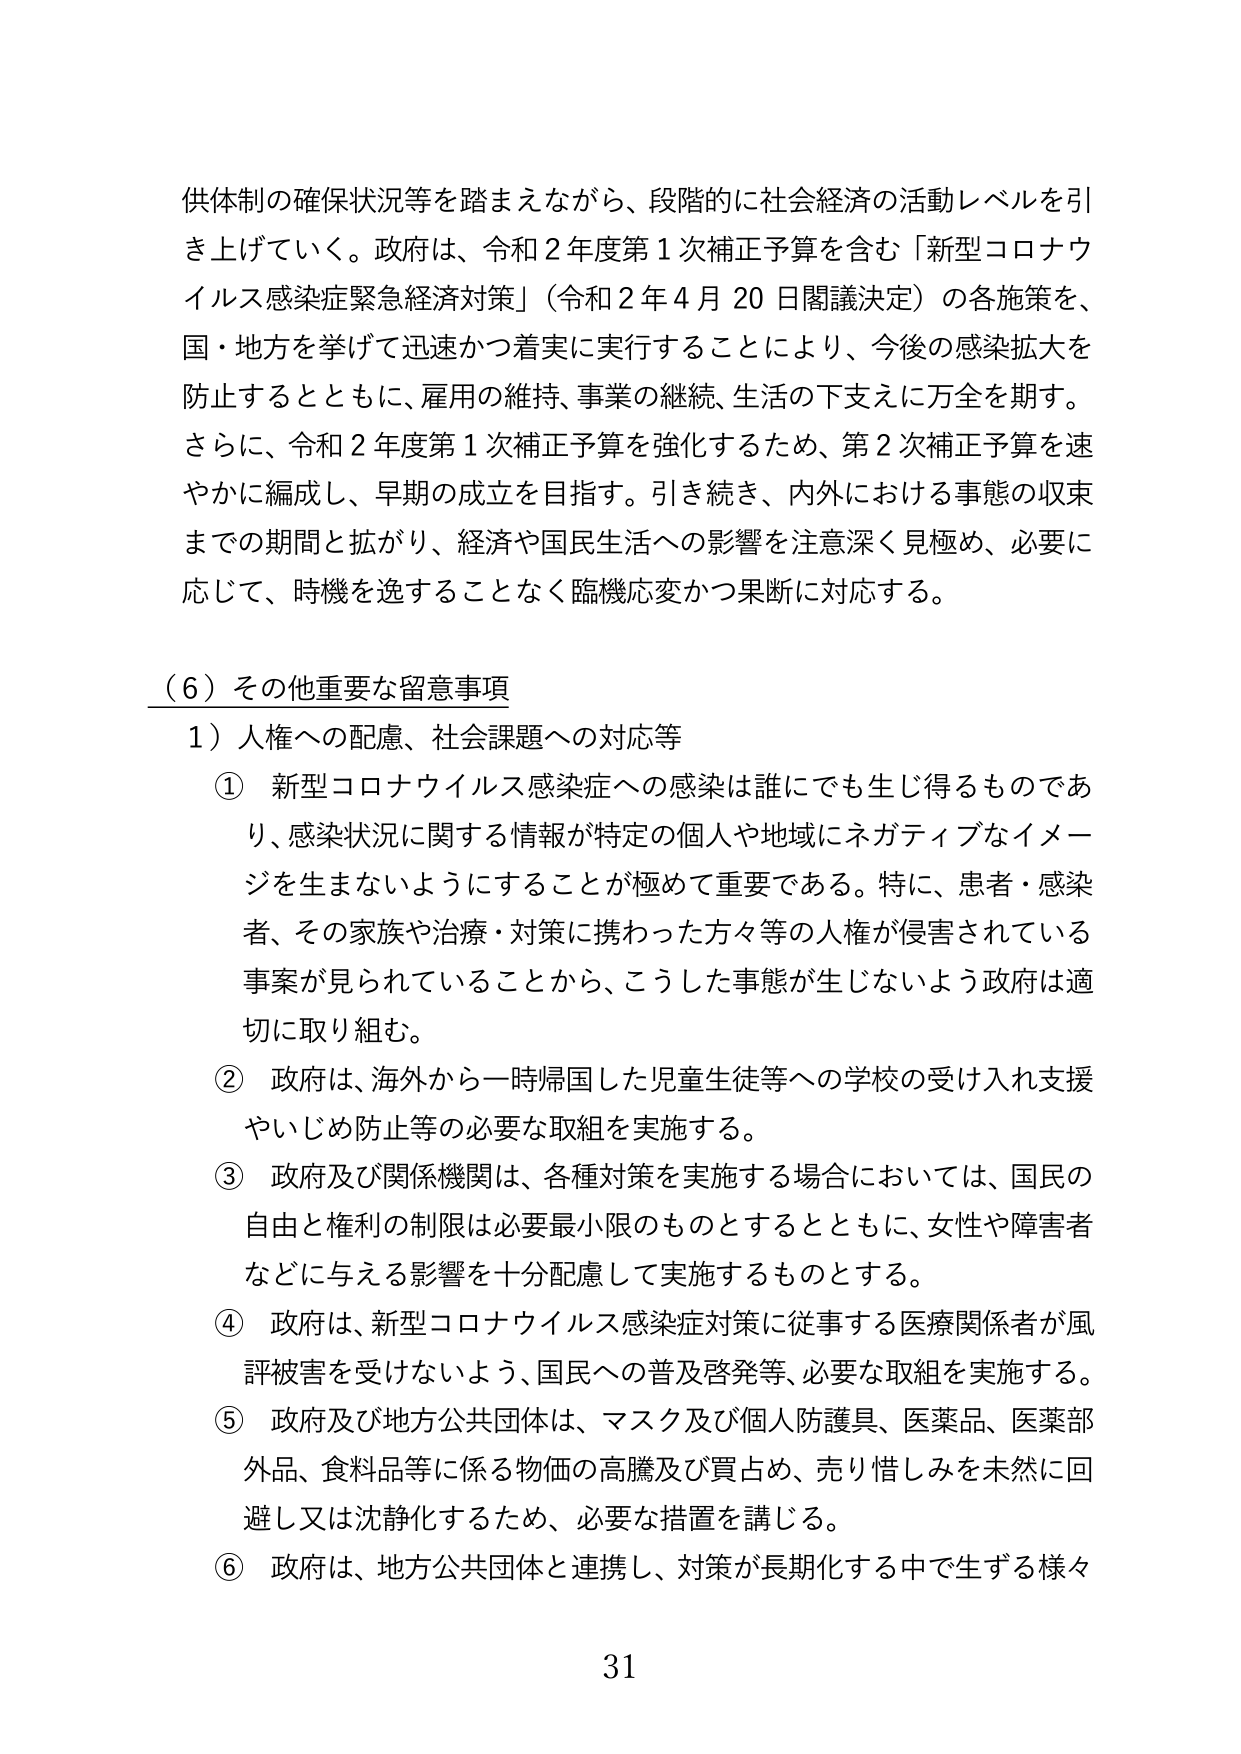
供体制の確保状況等を踏まえながら、段階的に社会経済の活動レベルを引き上げていく。政府は、令和２年度第１次補正予算を含む「新型コロナウイルス感染症緊急経済対策」（令和２年４月20日閣議決定）の各施策を、国・地方を挙げて迅速かつ着実に実行することにより、今後の感染拡大を防止するとともに、雇用の維持、事業の継続、生活の下支えに万全を期す。さらに、令和２年度第１次補正予算を強化するため、第２次補正予算を速やかに編成し、早期の成立を目指す。引き続き、内外における事態の収束までの期間と拡がり、経済や国民生活への影響を注意深く見極め、必要に応じて、時機を逸することなく臨機応変かつ果断に対応する。

（６）その他重要な留意事項
１）人権への配慮、社会課題への対応等
① 新型コロナウイルス感染症への感染は誰にでも生じ得るものであり、感染状況に関する情報が特定の個人や地域にネガティブなイメージを生まないようにすることが極めて重要である。特に、患者・感染者、その家族や治療・対策に携わった方々等人権が侵害されている事案が見られていることから、こうした事態が生じないよう政府は適切に取り組む。
② 政府は、海外から一時帰国した児童生徒等への学校の受け入れ支援やいじめ防止等の必要な取組を実施する。
③ 政府及び関係機関は、各種対策を実施する場合においては、国民の自由と権利の制限は必要最小限のものとするとともに、女性や障害者などに与える影響を十分配慮して実施するものとする。
④ 政府は、新型コロナウイルス感染症対策に従事する医療関係者が風評被害を受けないよう、国民への普及啓発等、必要な取組を実施する。
⑤ 政府及び地方公共団体は、マスク及び個人防護具、医薬品、医薬部外品、食料品等に係る物価の高騰及び買占め、売り惜しみを未然に回避し又は沈静化するため、必要な措置を講じる。
⑥ 政府は、地方公共団体と連携し、対策が長期化する中で生ずる様々

31